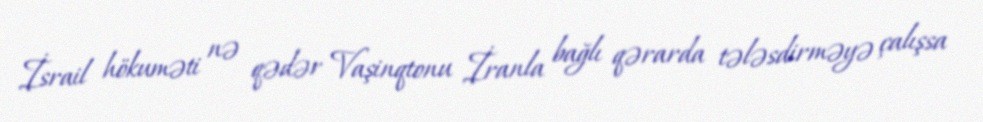
İsrail hökuməti nə qədər Vaşinqtonu İranla bağlı qərarda tələsdirməyə çalışsa